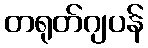
တရုတ်ဂျပန်